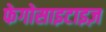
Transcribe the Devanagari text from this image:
फेगोसाइटाइज़